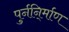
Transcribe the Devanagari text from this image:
पुर्ननि्र्माण